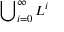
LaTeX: \sideset { } { _ { i = 0 } ^ { \infty } } \bigcup L ^ { i }